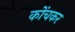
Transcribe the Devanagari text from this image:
कोंचकर